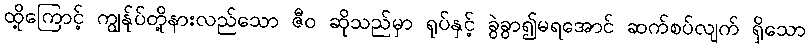
ထို့ကြောင့် ကျွန်ုပ်တို့နားလည်သော ဇီဝ ဆိုသည်မှာ ရုပ်နှင့် ခွဲခွာ၍မရအောင် ဆက်စပ်လျက် ရှိသော